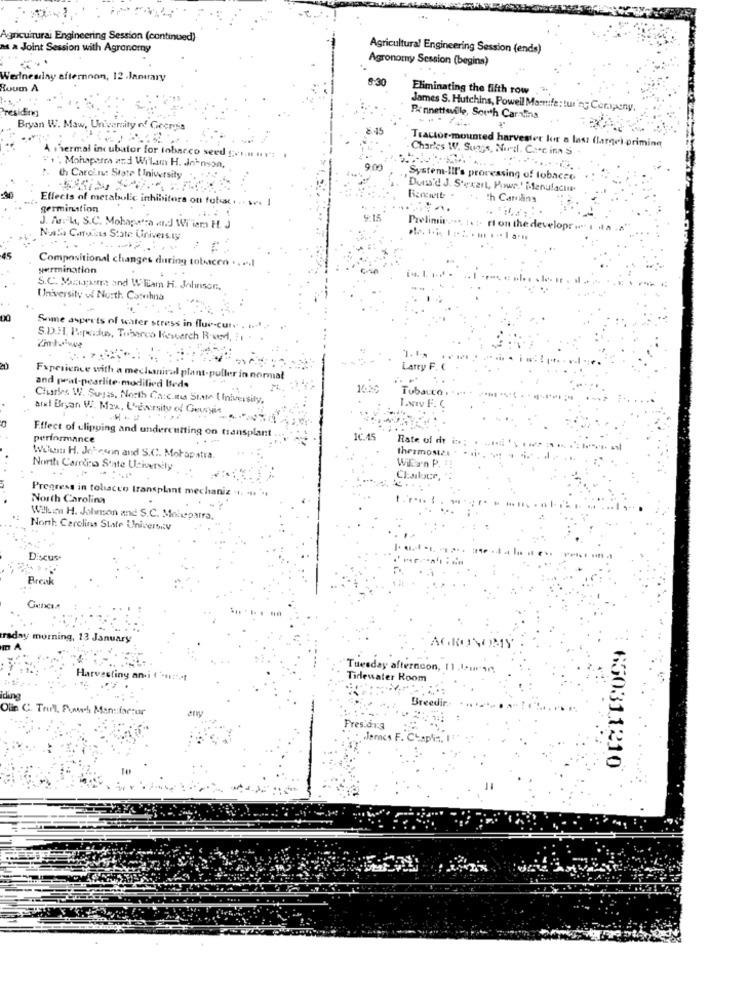
Agricultural Engineering Session (continued)
ns a Joint Session with Agronomy
Agricultural Engineering Session (ends)
Agronomy Session (begins)
Werlnesday afternoon, 12 .January
8-30
Ruum A
Eliminating the fifth row
siÊm
James S. Hutchins, Powell Manife: tur'n; Company,
Bennettsville, South Carains
Bryan W. Maw, University of Gecrysis
Charles W. Suggs, North. Caec ina'S
Tractor-mounted harvester lor a last (large) priming
A thermal incubator for tobacco seed gor.n ny":
"+", Mohapatra and Wilam H. Johnson,
900
P. th Carcin: State University
System-III's processing of tobacco
Donald J. S'exart, Pour.' Manufacuna
Effects of metabolic inhibitors on tobac ...
Benswerte .
Ich Carnlins
germination
Prelimir ..
J. Auch, S.C. Mohapra wnd Wi'iem H. J
ri on the developr ... i .a
Nuala Carolina State University
Compositional changes during tobacco .. .. l
yermination
S.C. Maagain and Wliam H. Johnson,
University of North Cashna
Some aspects of water stress in flue-cute . I .- 1 .
S.D.H. Pepeidus, Tobacco Rewerch Rm, !!
LAtry F.
Fxperience with a mechanical plant-puller in normal
and prat-pearlite modified Ited.
1655
Tubace
Charles W. Sugis, North Case ma State University,
arel Bryan W. Maa, L'ENrsity of Geuryis
performance
Effect of clipping and undercutting on transplant
1C.45
Rate
thram
Wihan H. Jeteson and S.C. Mohapatra
...
North Carolina State University
Progress in tobacco transplant mechani
North Carolina
Wellbin H. Johnson and S.C. Moispam
North Carolina State University
Discus-
Break
raday morning, 13 January
Tuesday afternoon, 11.1-m -...
Harvesting ani (-nr-t
Tidewater Room
Breedir
Olin C. Trull, Pourh Manufactur
Fresarg
Jannes F.
650311210